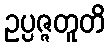
ဥပ္ပဇ္ဇတူတိ